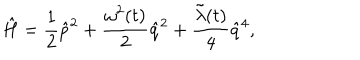
\hat { H } = \frac { 1 } { 2 } \hat { p } ^ { 2 } + \frac { { \omega } ^ { 2 } ( t ) } { 2 } \hat { q } ^ { 2 } + \frac { \tilde { \lambda } ( t ) } { 4 } \hat { q } ^ { 4 } ,